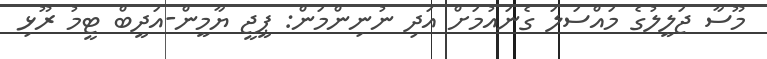
މޫސާ ޖަލީލުގެ މައްސަލަ ގެނައުމަށް އަދި ނުނިންމަން: ޕީޖީ ޔާމީން-އަދީބް ޓީމު ރޫޅި